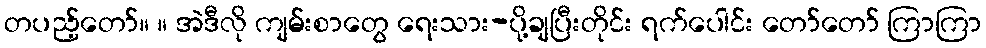
တပည့်တော်။ ။ အဲဒီလို ကျမ်းစာတွေ ရေးသား-ပို့ချပြီးတိုင်း ရက်ပေါင်း တော်တော် ကြာကြာ